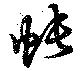
帳